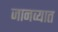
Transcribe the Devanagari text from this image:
जानव्यात